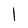
Character: 1